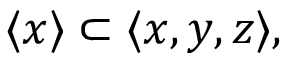
\langle x \rangle \subset \langle x , y , z \rangle ,